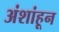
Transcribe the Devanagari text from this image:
अंशांहून